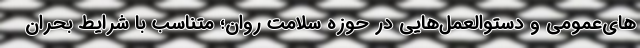
های‌عمومی و دستوالعمل‌هایی در حوزه سلامت روان؛ متناسب با شرایط بحران